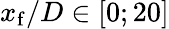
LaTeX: x_{\mathrm{f}}/D\in[0;20]